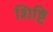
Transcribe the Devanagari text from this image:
शिष्टि